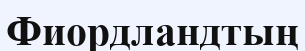
Фиордландтың